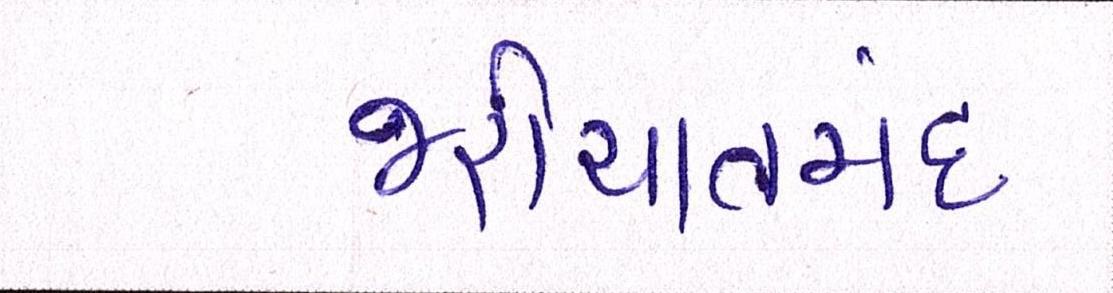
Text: જરીયાતમંદ